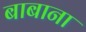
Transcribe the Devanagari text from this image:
बाबाना